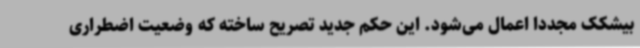
بیشکک مجددا اعمال می‌شود. این حکم جدید تصریح ساخته که وضعیت اضطراری